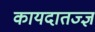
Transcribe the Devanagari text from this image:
कायदातज्ज्ञ